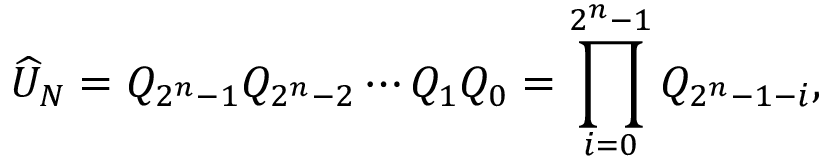
\widehat { U } _ { N } = Q _ { 2 ^ { n } - 1 } Q _ { 2 ^ { n } - 2 } \cdots Q _ { 1 } Q _ { 0 } = \prod _ { i = 0 } ^ { 2 ^ { n } - 1 } Q _ { 2 ^ { n } - 1 - i } ,